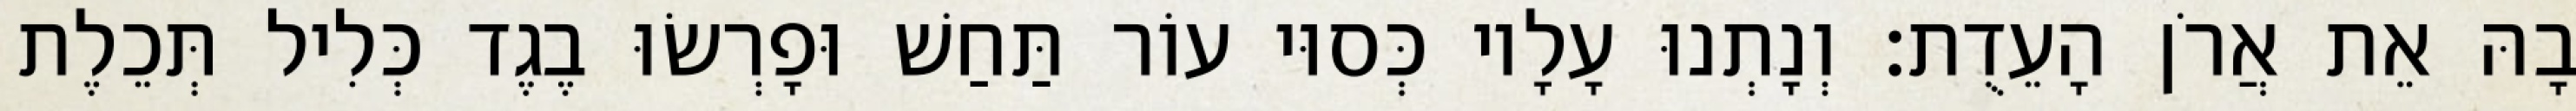
בָהּ אֵת אֲרֹן הָעֵדֻת׃ וְנָתְנוּ עָלָיו כְּסוּי עוֹר תַּחַשׁ וּפָרְשׂוּ בֶגֶד כְּלִיל תְּכֵלֶת